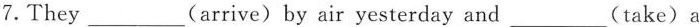
7.They ___(arrive)by air yesterday and___(take)a taxi to school.